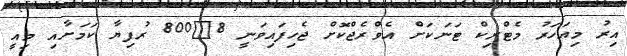
އިރު މިއަހަރު މެޓްރިކް ޓަނަކަށް އެވްރެޖްކޮށް ޖެހިފައިވަނީ 8?800 ރުފިޔާ ކަމަށާއި މިއީ